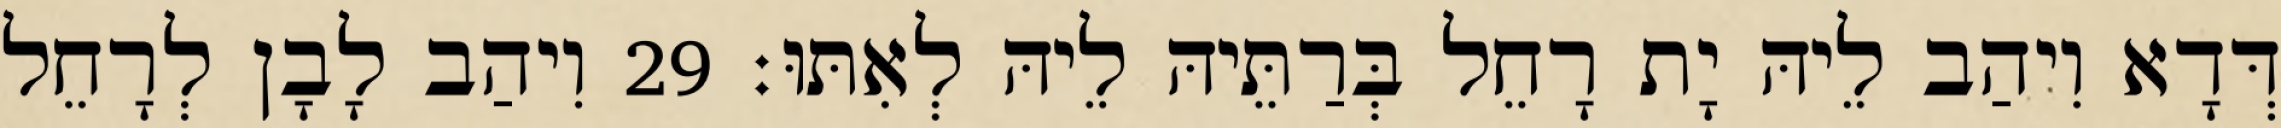
דְּדָא וִיהַב לֵיהּ יָת רָחֵל בְּרַתֵּיהּ לֵיהּ לְאִתּוּ׃ 29 וִיהַב לָבָן לְרָחֵל